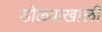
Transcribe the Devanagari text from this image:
डोळ्याखाली